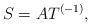
LaTeX: \begin{align*}S = A T^{(-1)},\end{align*}